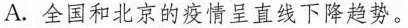
A.全国和北京的疫情呈直线下降趋势。